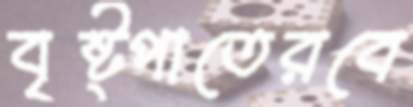
বৃষ্ট্পাতেরবে